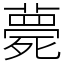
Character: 薨